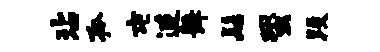
玷孤屯连舞髻蛩段